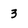
Character: 3